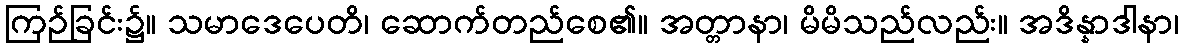
ကြဉ်ခြင်း၌။ သမာဒေပေတိ၊ ဆောက်တည်စေ၏။ အတ္တာနာ၊ မိမိသည်လည်း။ အဒိန္နာဒါနာ၊